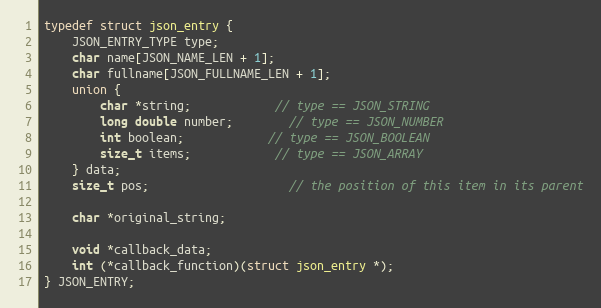
Language: C
typedef struct json_entry {
    JSON_ENTRY_TYPE type;
    char name[JSON_NAME_LEN + 1];
    char fullname[JSON_FULLNAME_LEN + 1];
    union {
        char *string;			// type == JSON_STRING
        long double number;		// type == JSON_NUMBER
        int boolean;			// type == JSON_BOOLEAN
        size_t items;			// type == JSON_ARRAY
    } data;
    size_t pos;					// the position of this item in its parent

    char *original_string;

    void *callback_data;
    int (*callback_function)(struct json_entry *);
} JSON_ENTRY;